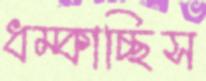
ধম্‌কাচ্ছিস